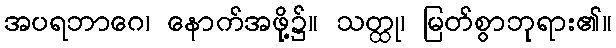
အပရဘာဂေ၊ နောက်အဖို့၌။ သတ္ထု၊ မြတ်စွာဘုရား၏။